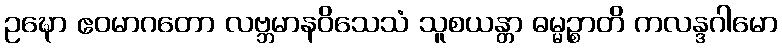
ဥဍ္ဎော ဧဝမာဂတော လဗ္ဘမာနဝိသေသံ သူစယန္တာ ဓမ္မဉ္စာတိ ကလန္ဒဂါမော